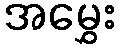
အမွှေး